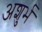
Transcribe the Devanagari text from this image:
अशुर्भ